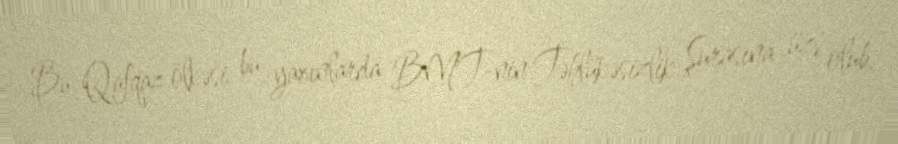
Bu Qafqaz ölkəsi bu yaxınlarda BMT-nin Təhlükəsizlik Şurasına üzv olub,